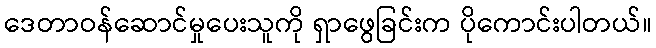
ဒေတာဝန်ဆောင်မှုပေးသူကို ရှာဖွေခြင်းက ပိုကောင်းပါတယ်။